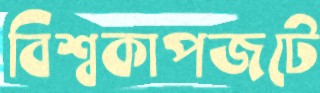
বিশ্বকাপজটে